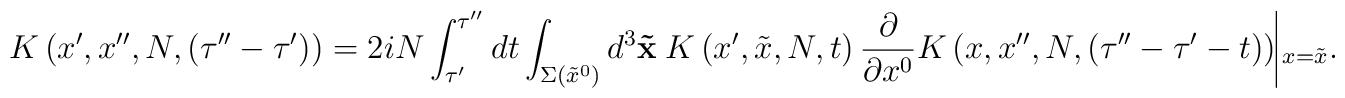
K \left( x', x'', N, (\tau''-\tau')\right) = 2 i N\int_{\tau'}^{\tau''} d t \int_{\Sigma(\tilde{x}^0)} d^3 {\bf\tilde{x}} \hspace{0.25em} K \left( x', \tilde{x}, N, t\right)\frac{\partial}{\partial x^0} K \left( x, x'', N, (\tau''-\tau'-t ) \right) \vline_{x=\tilde{x}}.